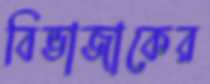
বিভাজাকের